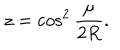
LaTeX: z = \cos ^ { 2 } \frac { \mu } { 2 R } .